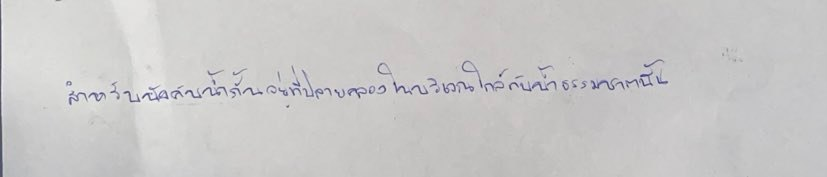
สำหรับบังคับน้ำกั้นอยู่ที่ปลายคลองในบริเวณใกล้กับลำน้ำธรรมชาตินั้น